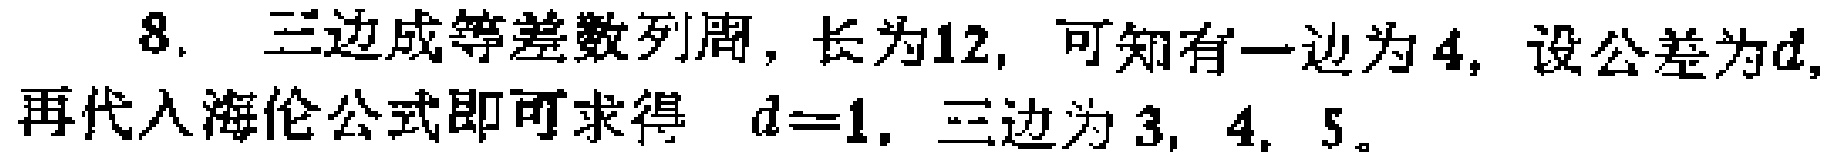
8. 三边成等差数列周，长为12，可知有一边为4，设公差为\(d\)，再代入海伦公式即可求得 \(d = 1\)，三边为 \(3,4,5\)。